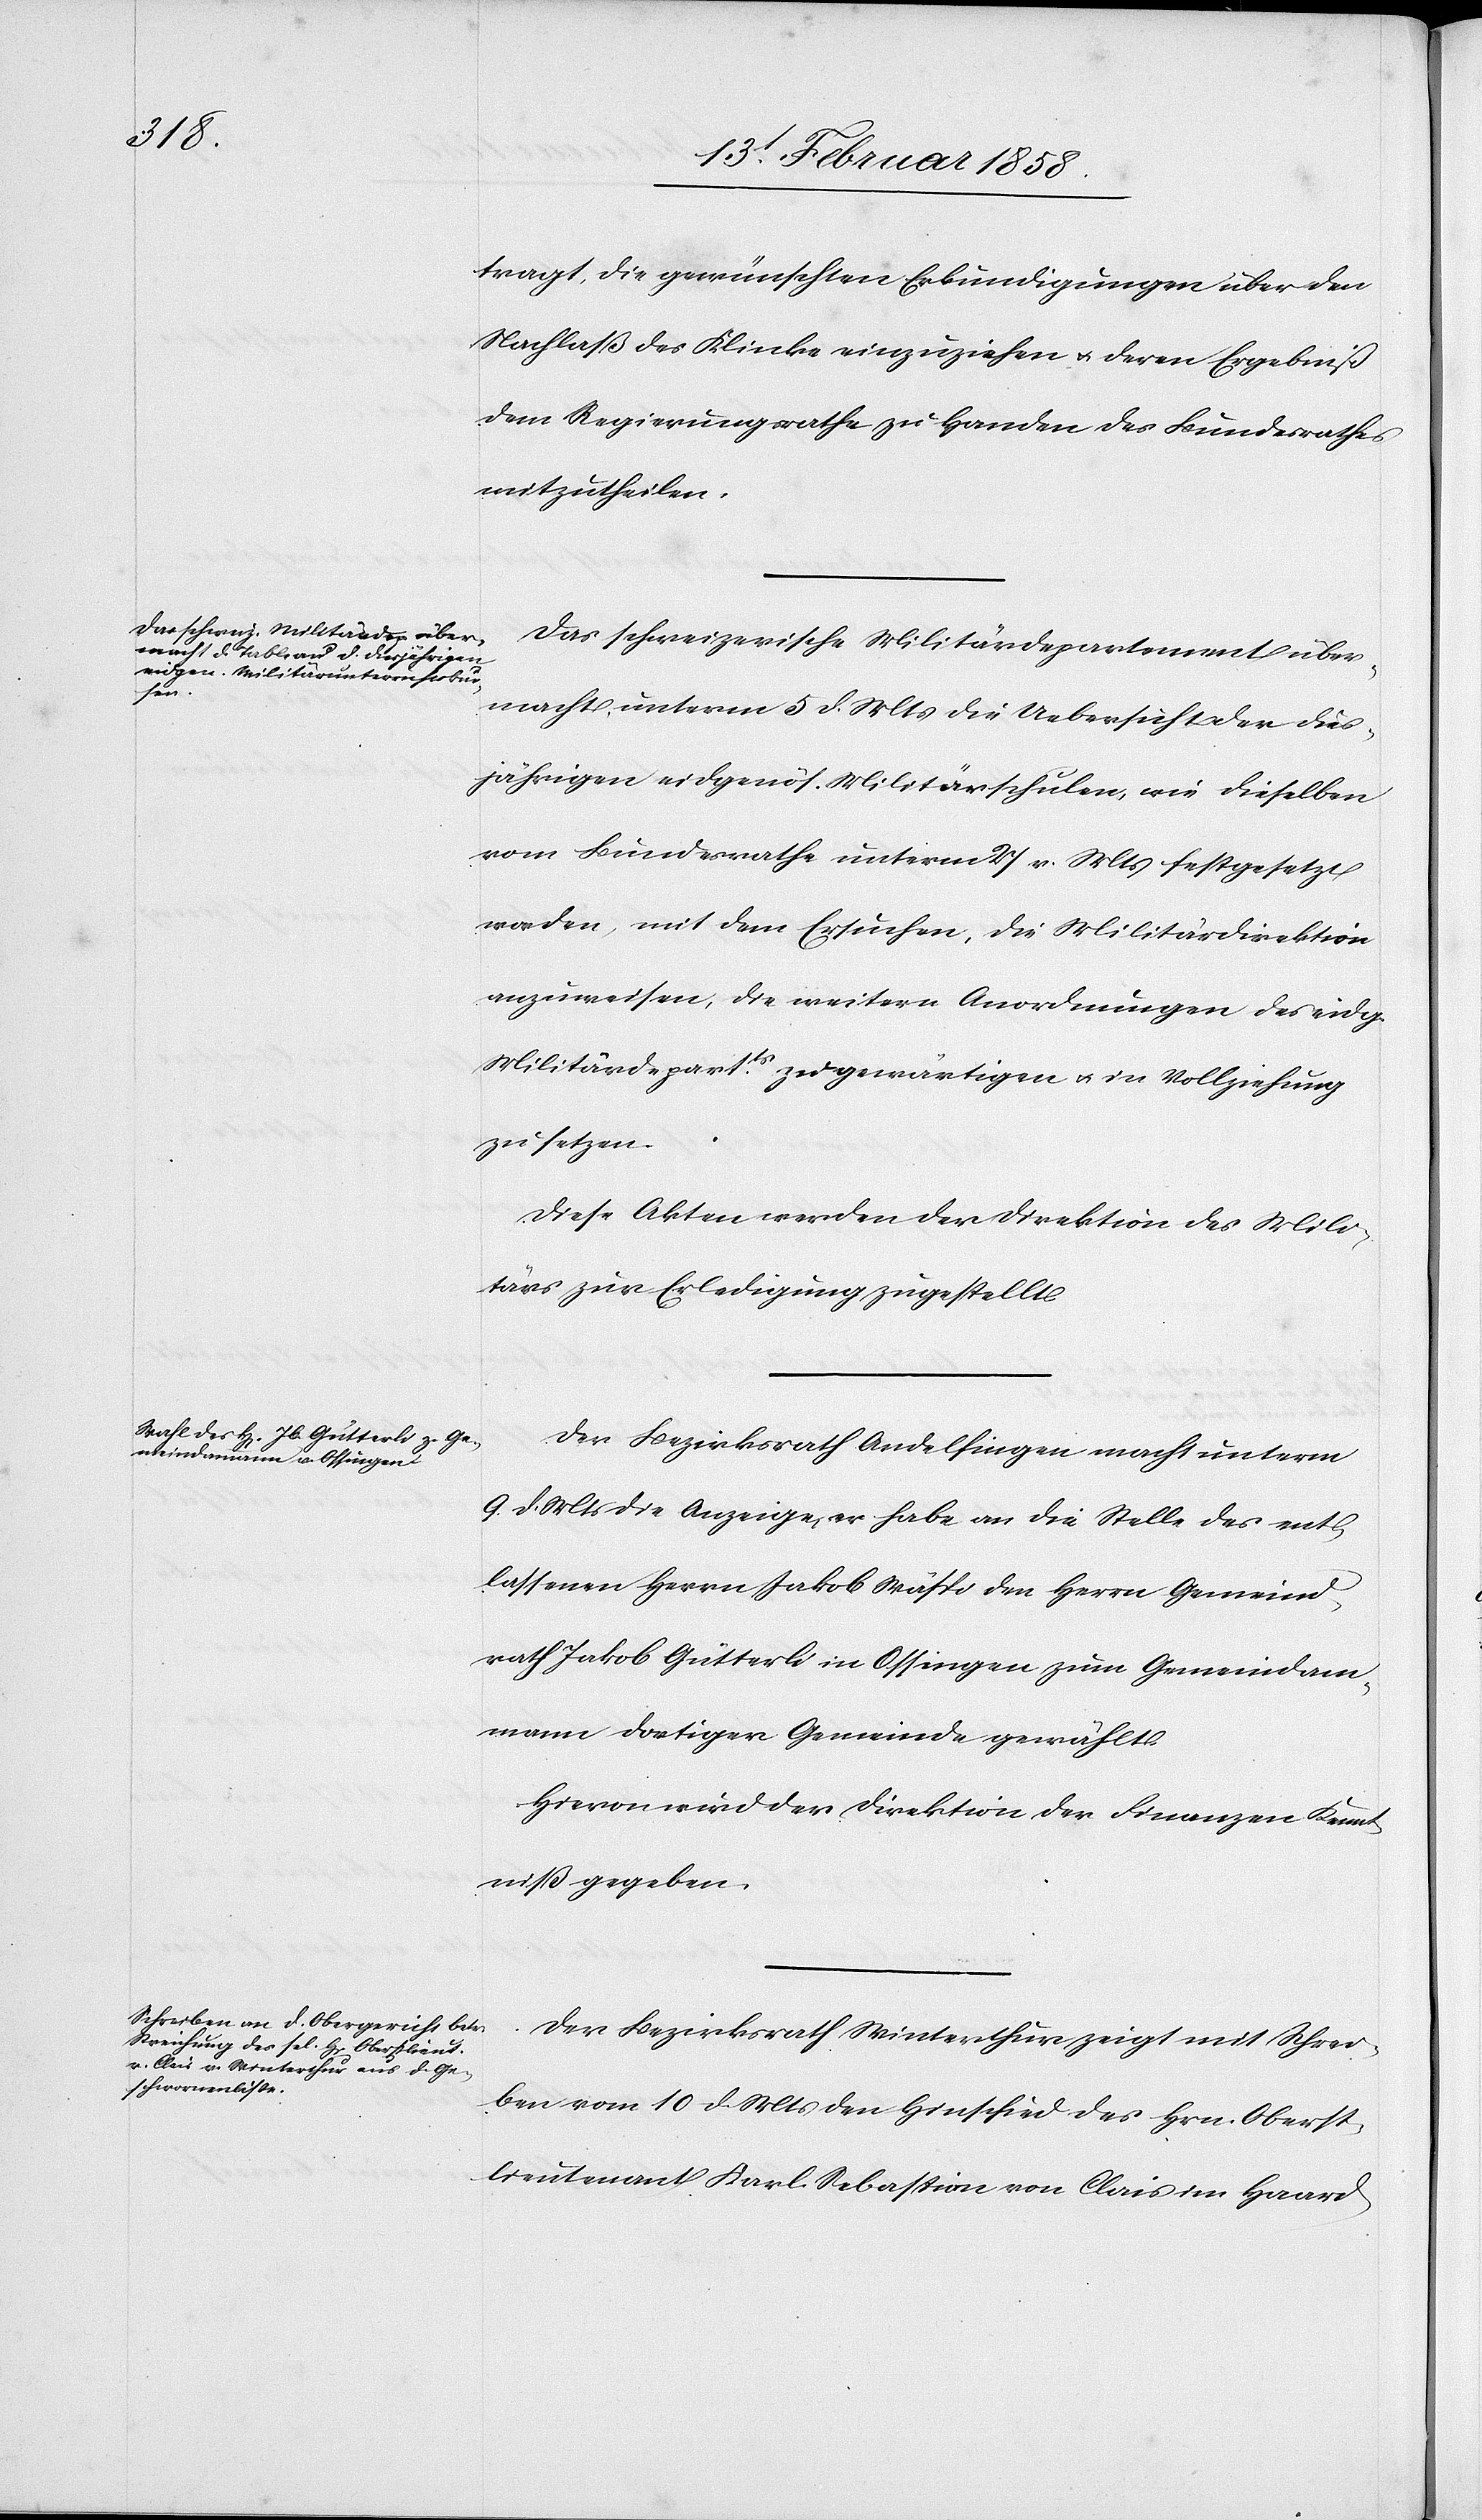
tragt, die gewünschten Erkundigungen über den
Nachlaß des Klinke einzuziehen u. deren Ergebniß
dem Regierungsrathe zu Handen des Bundesrathes
mitzutheilen.
Das schweizerische Militärdepartement über¬
macht unterm 5 d. Mts die Uebersicht der dies¬
jährigen eidgenös. Militärschulen, wie dieselben
vom Bundesrathe unterm 27 v. Mts festgesetzt
worden, mit dem Ersuchen, die Militärdirektion
anzuweisen, die weitern Anordnungen des eidg.
Militärdepartts zu gewärtigen u. in Vollziehung
zu setzen.
Diese Akten werden der Direktion des Mili¬
tärs zur Erledigung zugestellt.
Der Bezirksrath Andelfingen macht unterm
9. d. Mts die Anzeige, er habe an die Stelle des ent¬
lassenen Herrn Jakob Wäspi den Herrn Gemeind¬
rath Jakob Gütterli in Ossingen zum Gemeindam¬
mann dortiger Gemeinde gewählt.
Hievon wird der Direktion der Finanzen Kennt¬
niß gegeben.
Der Bezirksrath Winterthur zeigt mit Schrei¬
ben vom 10 d. Mts den Hinschied des Hrn. Oberst¬
lieutenant Karl Sebastian von Clais im Haard